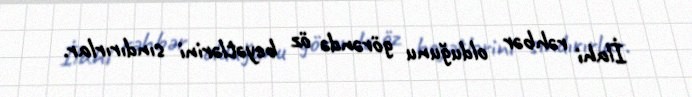
İlahi rəhbər olduğunu görəndə öz beyətlərini sındırırlar.